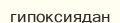
гипоксиядан